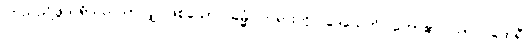
ကြည်ညိုဖွယ်ရှိသည်သာလျှင်ဖြစ်သော။ ဓမ္မံ၊ တရားကို။ ဒေသေတိ၊ ဟော၏။ သာပိ ထေရီ၊